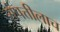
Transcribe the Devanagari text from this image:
संपत्तीलाच